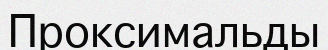
Проксимальды